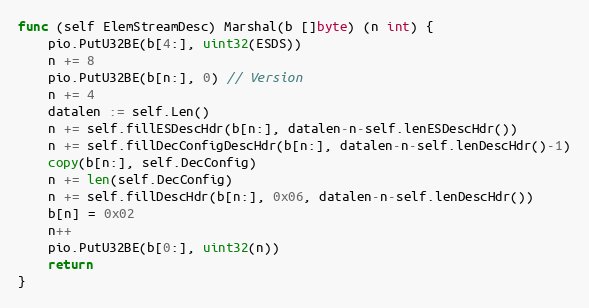
Language: Go
func (self ElemStreamDesc) Marshal(b []byte) (n int) {
	pio.PutU32BE(b[4:], uint32(ESDS))
	n += 8
	pio.PutU32BE(b[n:], 0) // Version
	n += 4
	datalen := self.Len()
	n += self.fillESDescHdr(b[n:], datalen-n-self.lenESDescHdr())
	n += self.fillDecConfigDescHdr(b[n:], datalen-n-self.lenDescHdr()-1)
	copy(b[n:], self.DecConfig)
	n += len(self.DecConfig)
	n += self.fillDescHdr(b[n:], 0x06, datalen-n-self.lenDescHdr())
	b[n] = 0x02
	n++
	pio.PutU32BE(b[0:], uint32(n))
	return
}